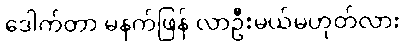
ဒေါက်တာ မနက်ဖြန် လာဦးမယ်မဟုတ်လား